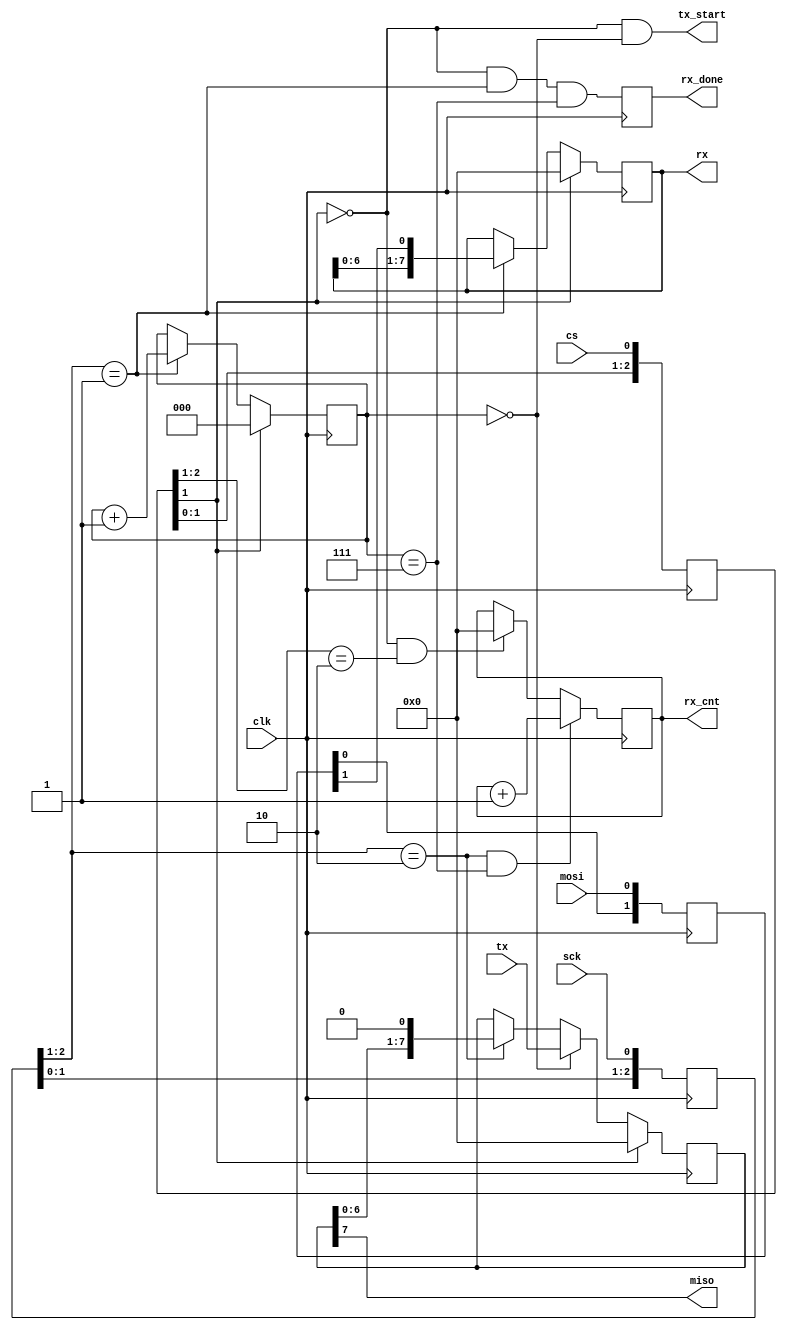
module spi(
	input wire clk,

	input wire sck, cs, mosi,
	output wire miso,

	output reg rx_done,
	output reg [7:0] rx,
	output reg [7:0] rx_cnt,

	output wire tx_start,
	input wire [7:0] tx,
);

reg [2:0] bitcnt;
reg [7:0] tx_buf;


reg [2:0] sckr, csr;
reg [1:0] mosir;

// sck detection
always @(posedge clk) sckr <= {sckr[1:0], sck};
wire sck_rising = (sckr[2:1] == 2'b01);
wire sck_falling = (sckr[2:1] == 2'b10);

// cs detection
always @(posedge clk) csr <= {csr[1:0], cs};
wire cs_active = !csr[1];
wire cs_falling = (csr[2:1] == 2'b10);
wire cs_rising = (csr[2:1] == 2'b01);

// mosi detection
always @(posedge clk) mosir <= {mosir[0], mosi};
wire mosi_data = mosir[1];

reg [7:0] rx_byte_ctr;

always @(posedge clk) begin
	if (~cs_active) begin
		bitcnt <= 3'b000;
		rx <= 8'h00;
	end
	else if (sck_rising) begin
		bitcnt <= bitcnt + 3'b001;
		rx <= { rx[6:0], mosi_data };
	end
end

always @(posedge clk) rx_done <= (cs_active && sck_rising && (bitcnt == 3'b111));

// Count number of bytes we've recieved in this transaction
always @(posedge clk) begin
	if (cs_active && cs_falling) rx_byte_ctr <= 0;
	if (sck_falling && bitcnt == 3'b111) rx_byte_ctr <= rx_byte_ctr + 8'b00000001;
end

always @(posedge clk) begin
	if (~cs_active)
		tx_buf <= 8'h00;
	else if (bitcnt == 3'b000)
		tx_buf <= tx;
	else if (sck_falling)
		tx_buf <= { tx_buf[6:0], 1'b0 };
end

assign tx_start = (cs_active && (bitcnt == 3'b000));
assign miso = tx_buf[7];
assign rx_cnt = rx_byte_ctr;

endmodule